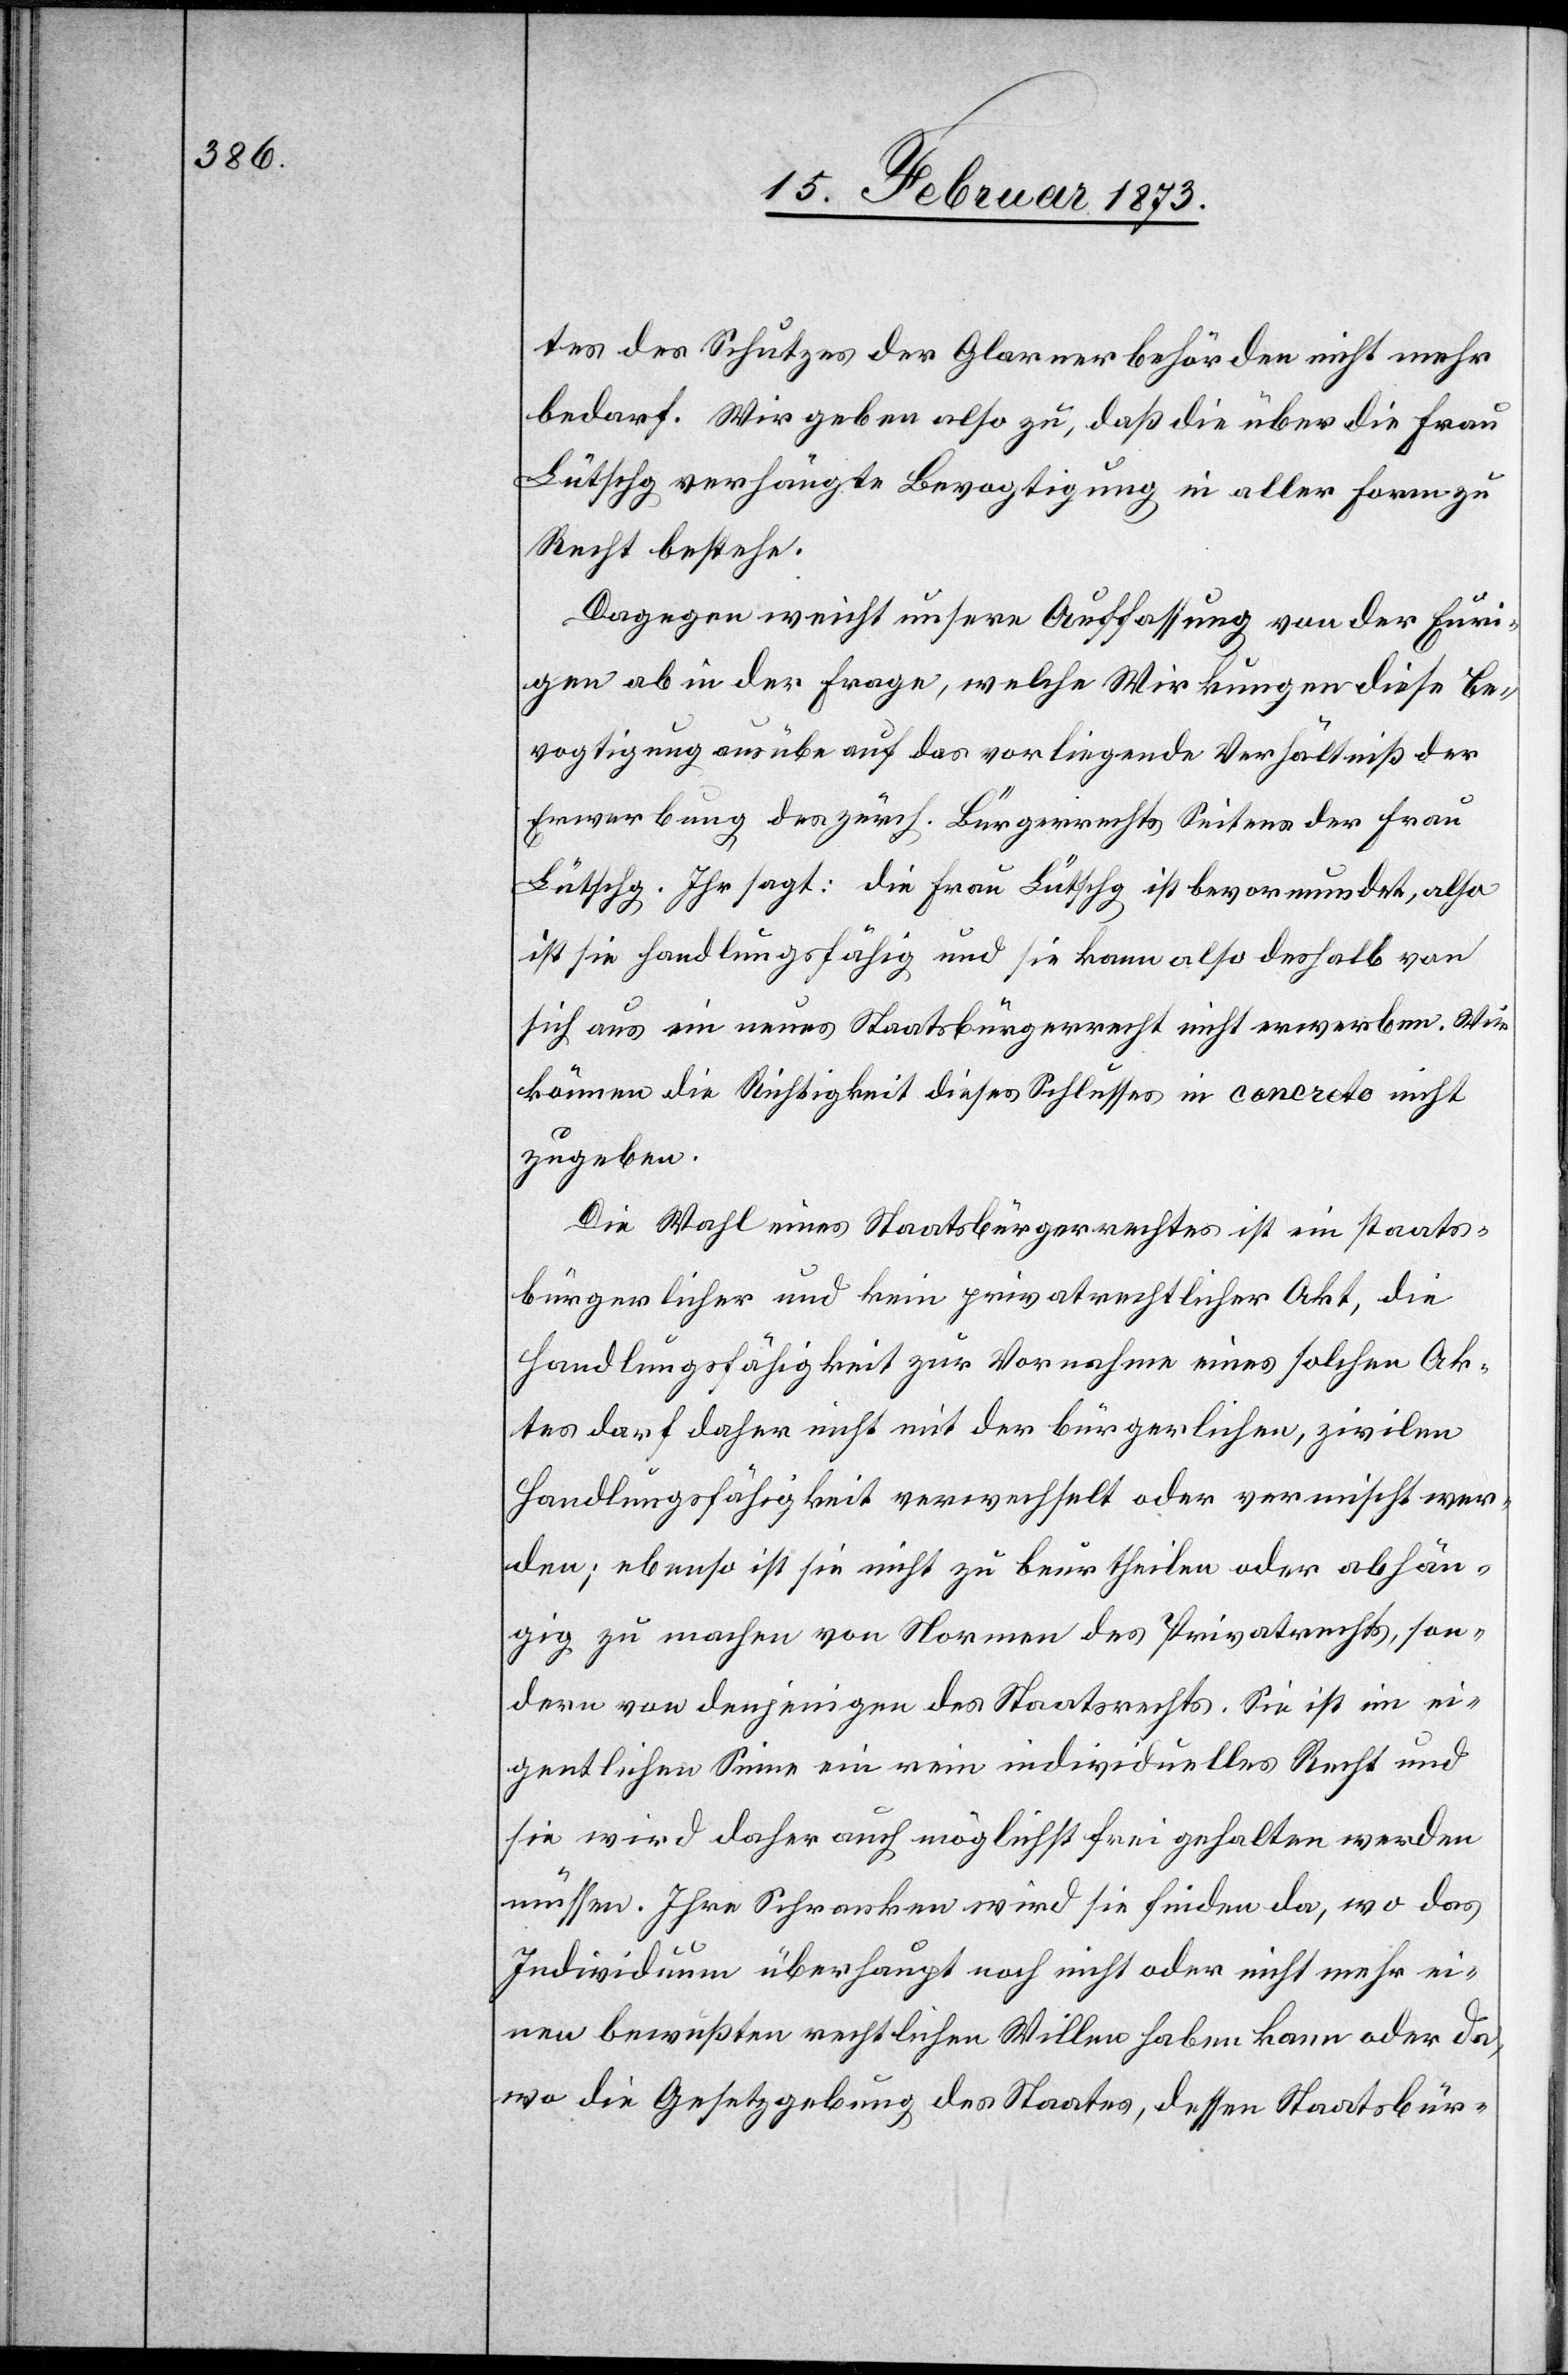
tes des Schutzes der Glarner Behörden nicht mehr
bedarf. Wir geben also zu, daß die über die Frau
Lütschg verhängte Bevogtigung in aller Form zu
Recht bestehe.
Dagegen weicht unsere Auffassung von der Euri¬
gen ab in der Frage, welche Wirkungen diese Be¬
vogtigung ausübe auf das vorliegende Verhältniß der
Erwerbung des zürch. Bürgerrechts Seitens der Frau
Lütschg. Ihr sagt: die Frau Lütschg ist bevormundet, also
ist sie handlungsfähig und sie kann also deshalb von
sich aus ein neues Staatsbürgerrecht nicht erwerben. Wir
können die Richtigkeit dieses Schlusses in concreto nicht
zugeben.
Die Wahl eines Staatsbürgerrechtes ist ein staats¬
bürgerlicher und kein privatrechtlicher Akt, die
Handlungsfähigkeit zur Vornahme eines solchen Ak¬
tes darf daher nicht mit der bürgerlichen, zivilen
Handlungsfähigkeit verwechselt oder vermischt wer¬
den; ebenso ist sie nicht zu beurtheilen oder abhän¬
gig zu machen von Normen des Privatrechts, son¬
dern von denjenigen des Staatsrechts. Sie ist im ei¬
gentlichen Sinne ein rein individuelles Recht und
sie wird daher auch möglichst frei gehalten werden
müssen. Ihre Schranken wird sie finden da, wo das
Individuum überhaupt noch nicht oder nicht mehr ei¬
nen bewußten rechtlichen Willen haben kann oder da,
wo die Gesetzgebung des Staates, dessen Staatsbür[ger]-